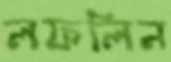
লফলিন